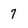
Character: 7